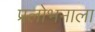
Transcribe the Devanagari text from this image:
प्रलोभनाला